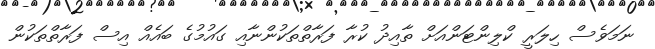
ނަމަވެސް ހިލަރީ ކްލިންޓަންއަށް ތާއިދު ކުރާ ފަރާތްތަކުންނާއި ގައުމުގެ ބައެއް އިސް ފަރާތްތަކުން